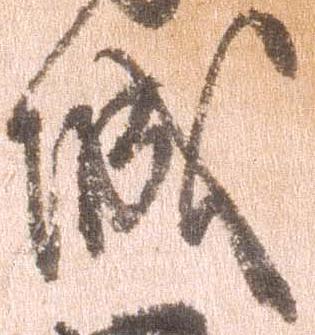
城